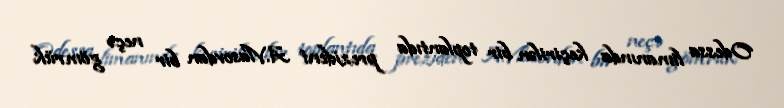
Odessa limanında keçirilən bir toplantıda prezident A.Vlasovdan bir neçə gömrük